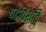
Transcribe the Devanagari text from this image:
षडविंशतिः